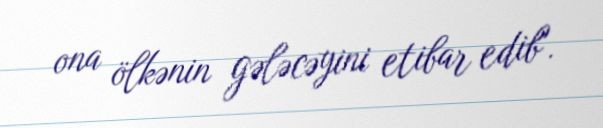
ona ölkənin gələcəyini etibar edib".